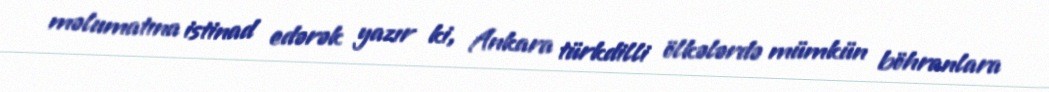
məlumatına istinad edərək yazır ki, Ankara türkdilli ölkələrdə mümkün böhranlara